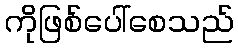
ကိုဖြစ်ပေါ်စေသည်